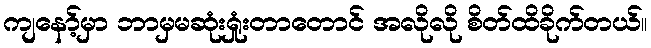
ကျနော့်မှာ ဘာမှမဆုံးရှုံးတာတောင် အလိုလို စိတ်ထိခိုက်တယ်။